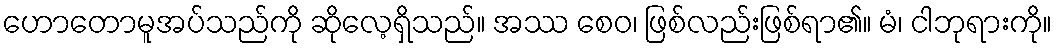
ဟောတောမူအပ်သည်ကို ဆိုလေ့ရှိသည်။ အဿ စေဝ၊ ဖြစ်လည်းဖြစ်ရာ၏။ မံ၊ ငါဘုရားကို။